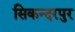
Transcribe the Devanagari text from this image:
सिकन्‍दरपुर